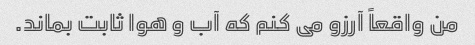
من واقعاً آرزو می کنم که آب و هوا ثابت بماند.